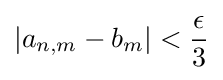
\left|a_{n,m}-b_{m}\right|<{\frac {\epsilon }{3}}